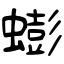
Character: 蟛